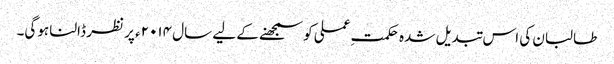
طالبان کی اس تبدیل شدہ حکمتِ عملی کو سمجھنے کے لیے سال ۲۰۱۴ء پر نظر ڈالنا ہوگی۔